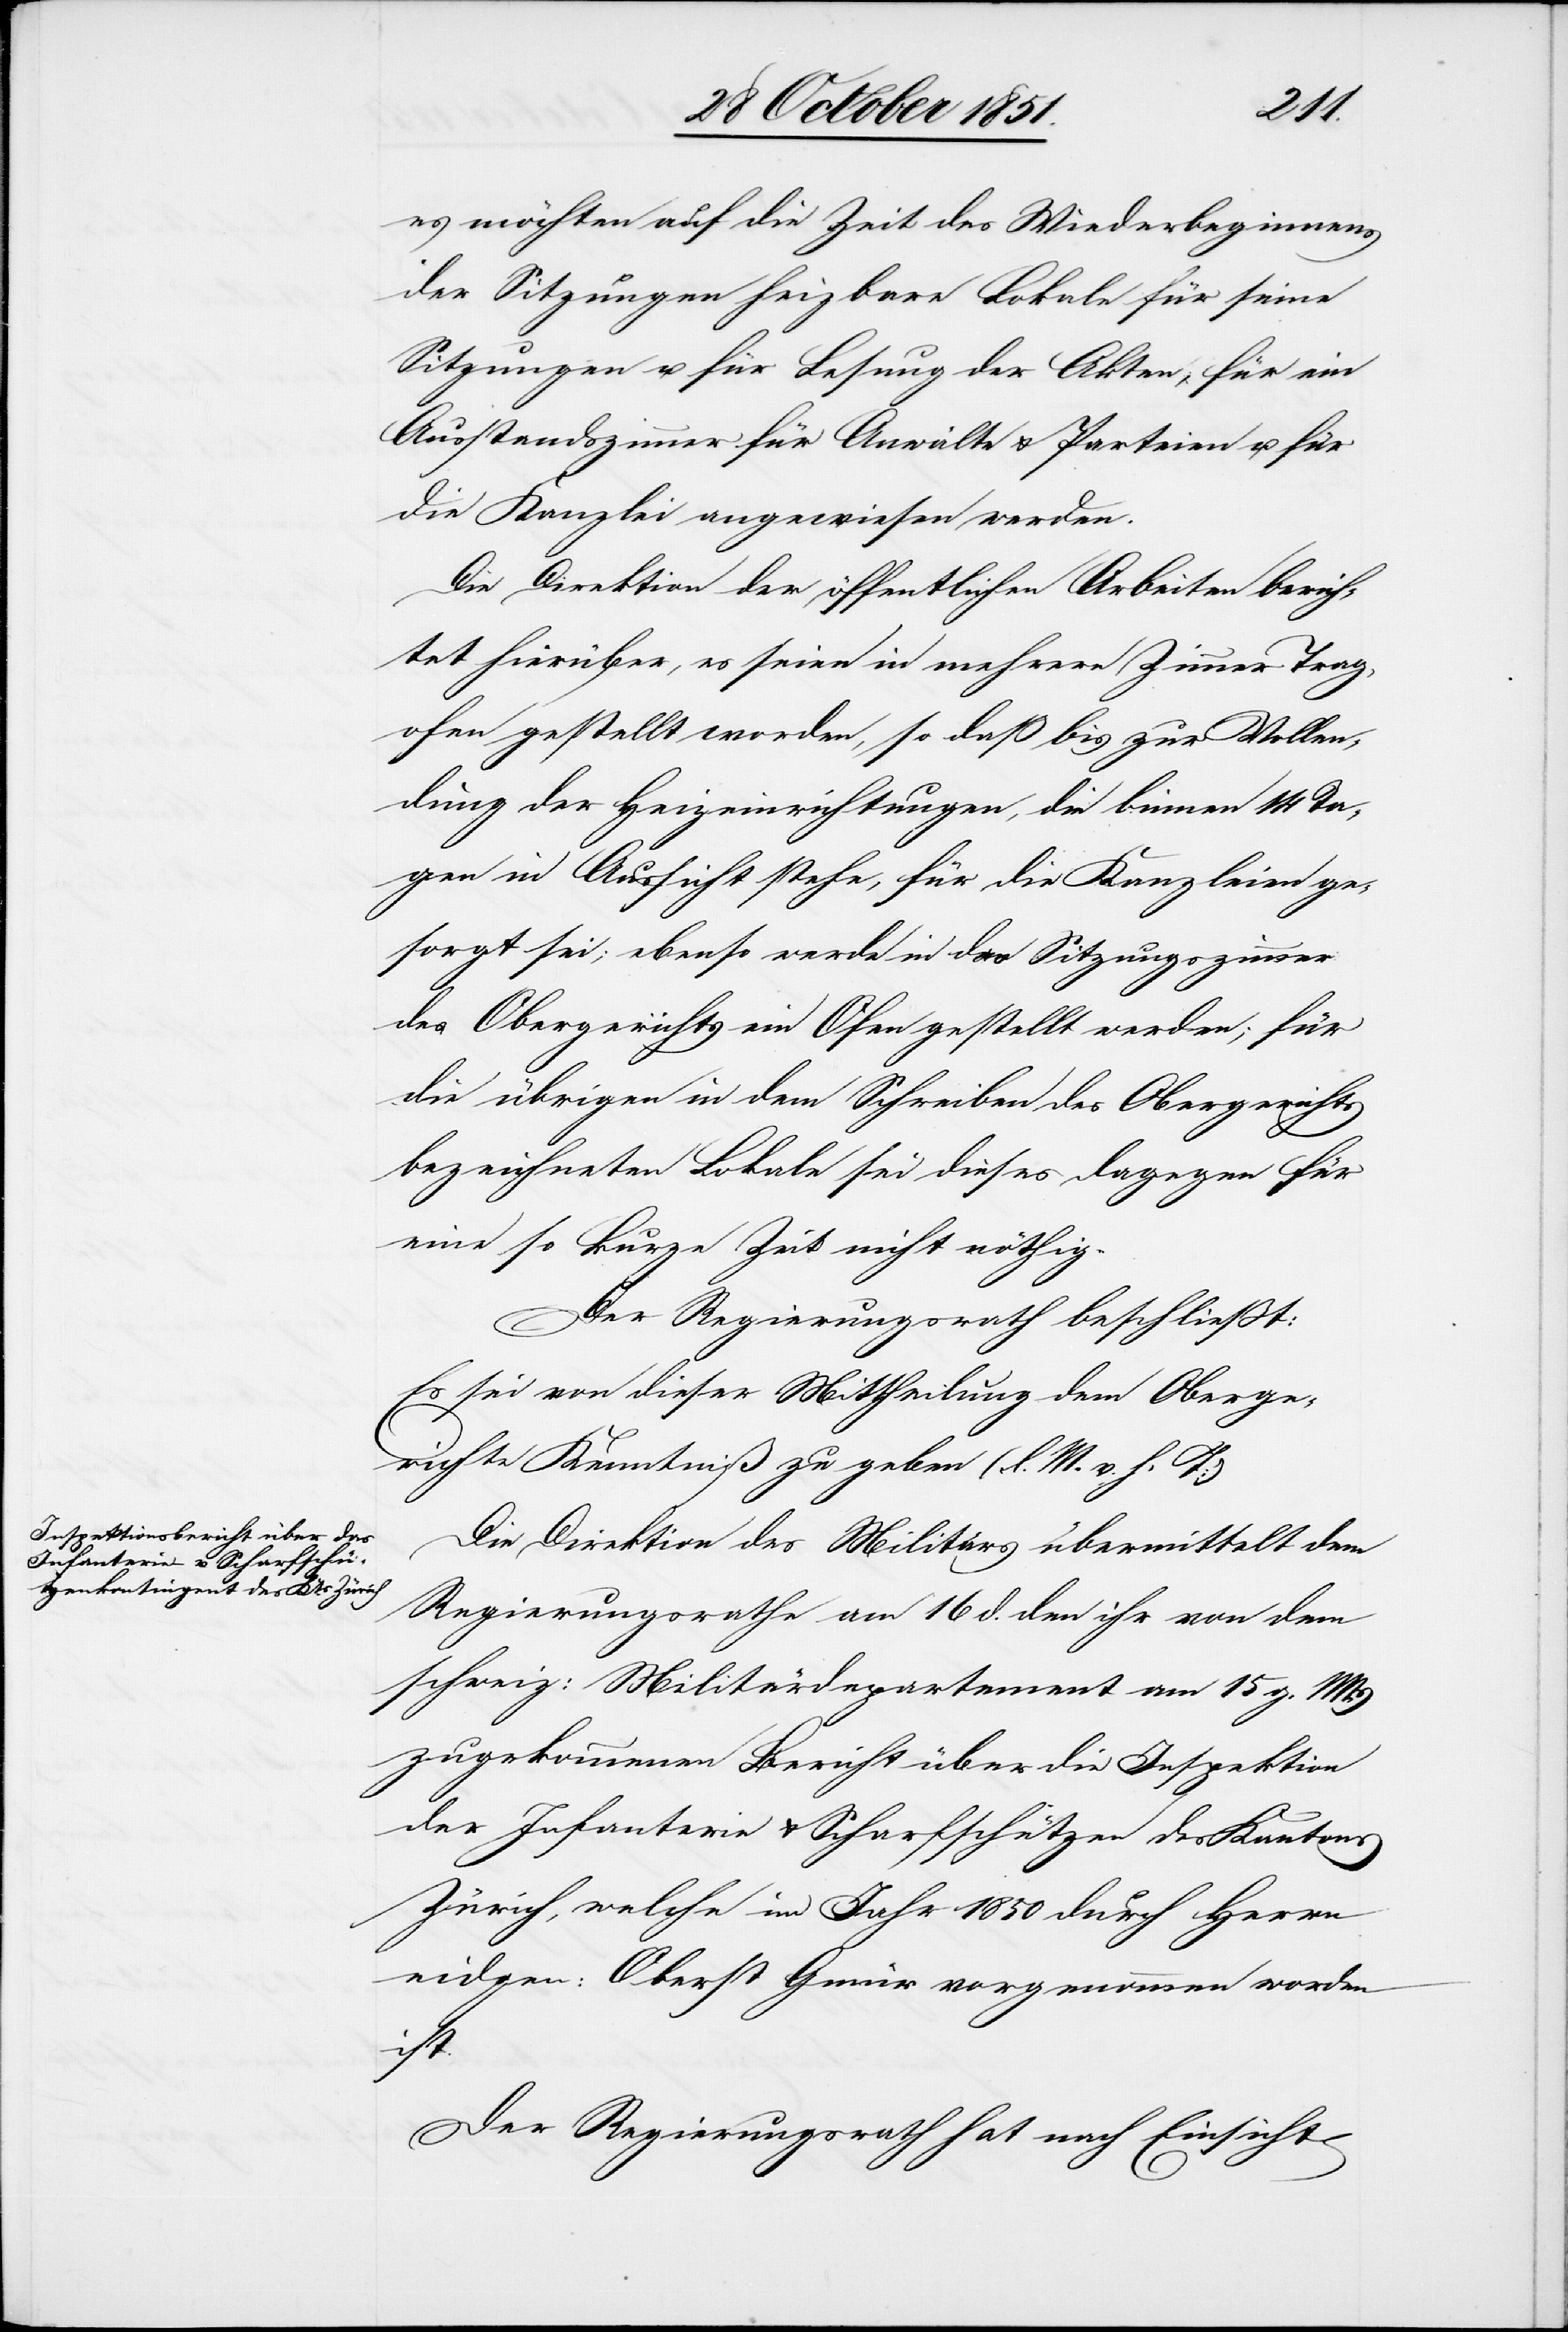
es möchten auf die Zeit des Wiederbeginnens
der Sitzungen heizbare Lokale für seine
Sitzungen u. für Lesung der Akten, für ein
Ausstandszimmer für Anwälte & Parteien u. für
die Kanzlei angewiesen werden.
Die Direktion der öffentlichen Arbeiten berich¬
tet hierüber, es seien in mehrere Zimmer Trag¬
ofen gestellt worden, so daß bis zur Vollen¬
dung der Heizeinrichtungen, die binnen 14 Ta¬
gen in Aussicht stehe, für die Kanzleien ge¬
sorgt sei; ebenso werde in das Sitzungszimmer
des Obergerichts ein Ofen gestellt werden; für
die übrigen in dem Schreiben des Obergerichts
bezeichneten Lokale sei dieses dagegen für
eine so kurze Zeit nicht nöthig.
Der Regierungsrath beschließt:
Es sei von dieser Mittheilung dem Oberge¬
richte Kenntniß zu geben (l. M. v. h. T:)
Die Direktion des Militärs übermittelt dem
Regierungsrathe am 16 d. den ihr von dem
schweiz: Militärdepartement am 15 g. Mts.
zugekommenen Bericht über die Inspektion
der Infanterie & Scharfschützen des Kantons
Zürich, welche im Jahr 1850 durch Herrn
eidgen: Oberst Gmür vorgenommen worden
ist.
Der Regierungsrath hat nach Einsicht